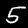
Digit: 5